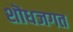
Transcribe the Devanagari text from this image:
शॊधजगत